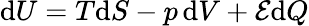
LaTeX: \mathrm{d}U=T\mathrm{d}S-p\, \mathrm{d}V+{\mathcal{E}}\mathrm{d}Q